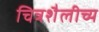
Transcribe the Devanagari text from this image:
चित्रशैलीच्य